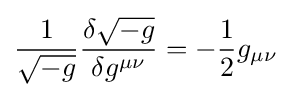
{\frac {1}{\sqrt {-g}}}{\frac {\delta {\sqrt {-g}}}{\delta g^{\mu \nu }}}=-{\frac {1}{2}}g_{\mu \nu }